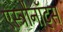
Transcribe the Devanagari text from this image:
एस्ट्रौनॉट्स